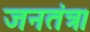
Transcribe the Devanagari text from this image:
जनतंत्र।